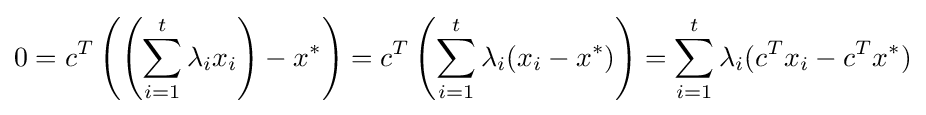
0=c^{T}\left(\left(\sum _{i=1}^{t}\lambda _{i}x_{i}\right)-x^{\ast }\right)=c^{T}\left(\sum _{i=1}^{t}\lambda _{i}(x_{i}-x^{\ast })\right)=\sum _{i=1}^{t}\lambda _{i}(c^{T}x_{i}-c^{T}x^{\ast })